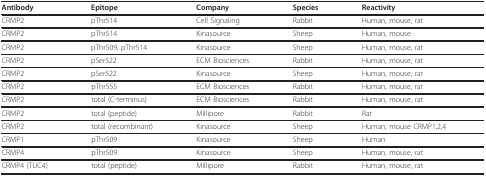
<table><thead><tr><td><b>Antibody</b></td><td><b>Epitope</b></td><td><b>Company</b></td><td><b>Species</b></td><td><b>Reactivity</b></td></tr></thead><tbody><tr><td>CRMP2</td><td>pThr514</td><td>Cell Signaling</td><td>Rabbit</td><td>Human, mouse, rat</td></tr><tr><td>CRMP2</td><td>pThr514</td><td>Kinasource</td><td>Sheep</td><td>Human, mouse</td></tr><tr><td>CRMP2</td><td>pThr509, pThr514</td><td>Kinasource</td><td>Sheep</td><td>Human, mouse, rat</td></tr><tr><td>CRMP2</td><td>pSer522</td><td>ECM Biosciences</td><td>Rabbit</td><td>Human, mouse, rat</td></tr><tr><td>CRMP2</td><td>pSer522</td><td>Kinasource</td><td>Sheep</td><td>Human, mouse, rat</td></tr><tr><td>CRMP2</td><td>pThr555</td><td>ECM Biosciences</td><td>Rabbit</td><td>Human, mouse, rat</td></tr><tr><td>CRMP2</td><td>total (C-terminus)</td><td>ECM Biosciences</td><td>Rabbit</td><td>Human, mouse, rat</td></tr><tr><td>CRMP2</td><td>total (peptide)</td><td>Millipore</td><td>Rabbit</td><td>Rat</td></tr><tr><td>CRMP2</td><td>total (recombinant)</td><td>Kinasource</td><td>Sheep</td><td>Human, mouse CRMP1,2,4</td></tr><tr><td>CRMP1</td><td>pThr509</td><td>Kinasource</td><td>Sheep</td><td>Human</td></tr><tr><td>CRMP4</td><td>pThr509</td><td>Kinasource</td><td>Sheep</td><td>Human, mouse, rat</td></tr><tr><td>CRMP4 (TUC4)</td><td>total (peptide)</td><td>Millipore</td><td>Rabbit</td><td>Human, mouse, rat</td></tr></tbody></table>